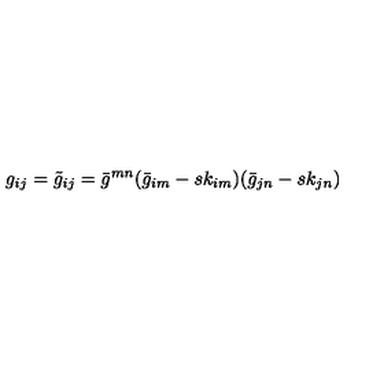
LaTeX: g _ { i j } = \tilde { g } _ { i j } = \bar { g } ^ { m n } ( \bar { g } _ { i m } - s k _ { i m } ) ( \bar { g } _ { j n } - s k _ { j n } )